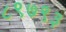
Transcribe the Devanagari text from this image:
८९७९३